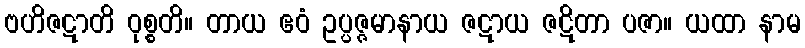
ဗဟိဇဋာတိ ဝုစ္စတိ။ တာယ ဧဝံ ဥပ္ပဇ္ဇမာနာယ ဇဋာယ ဇဋိတာ ပဇာ။ ယထာ နာမ